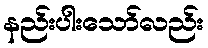
နည်းပါးသော်လည်း